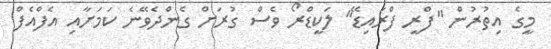
މީގެ އިތުރުން "ފްރީ ފްރައިޑޭ" ލަކީޑްރޯ ވެސް ގުރަށް ގެންދެވޭނެ ކަމަށާއި އެފްއެފް